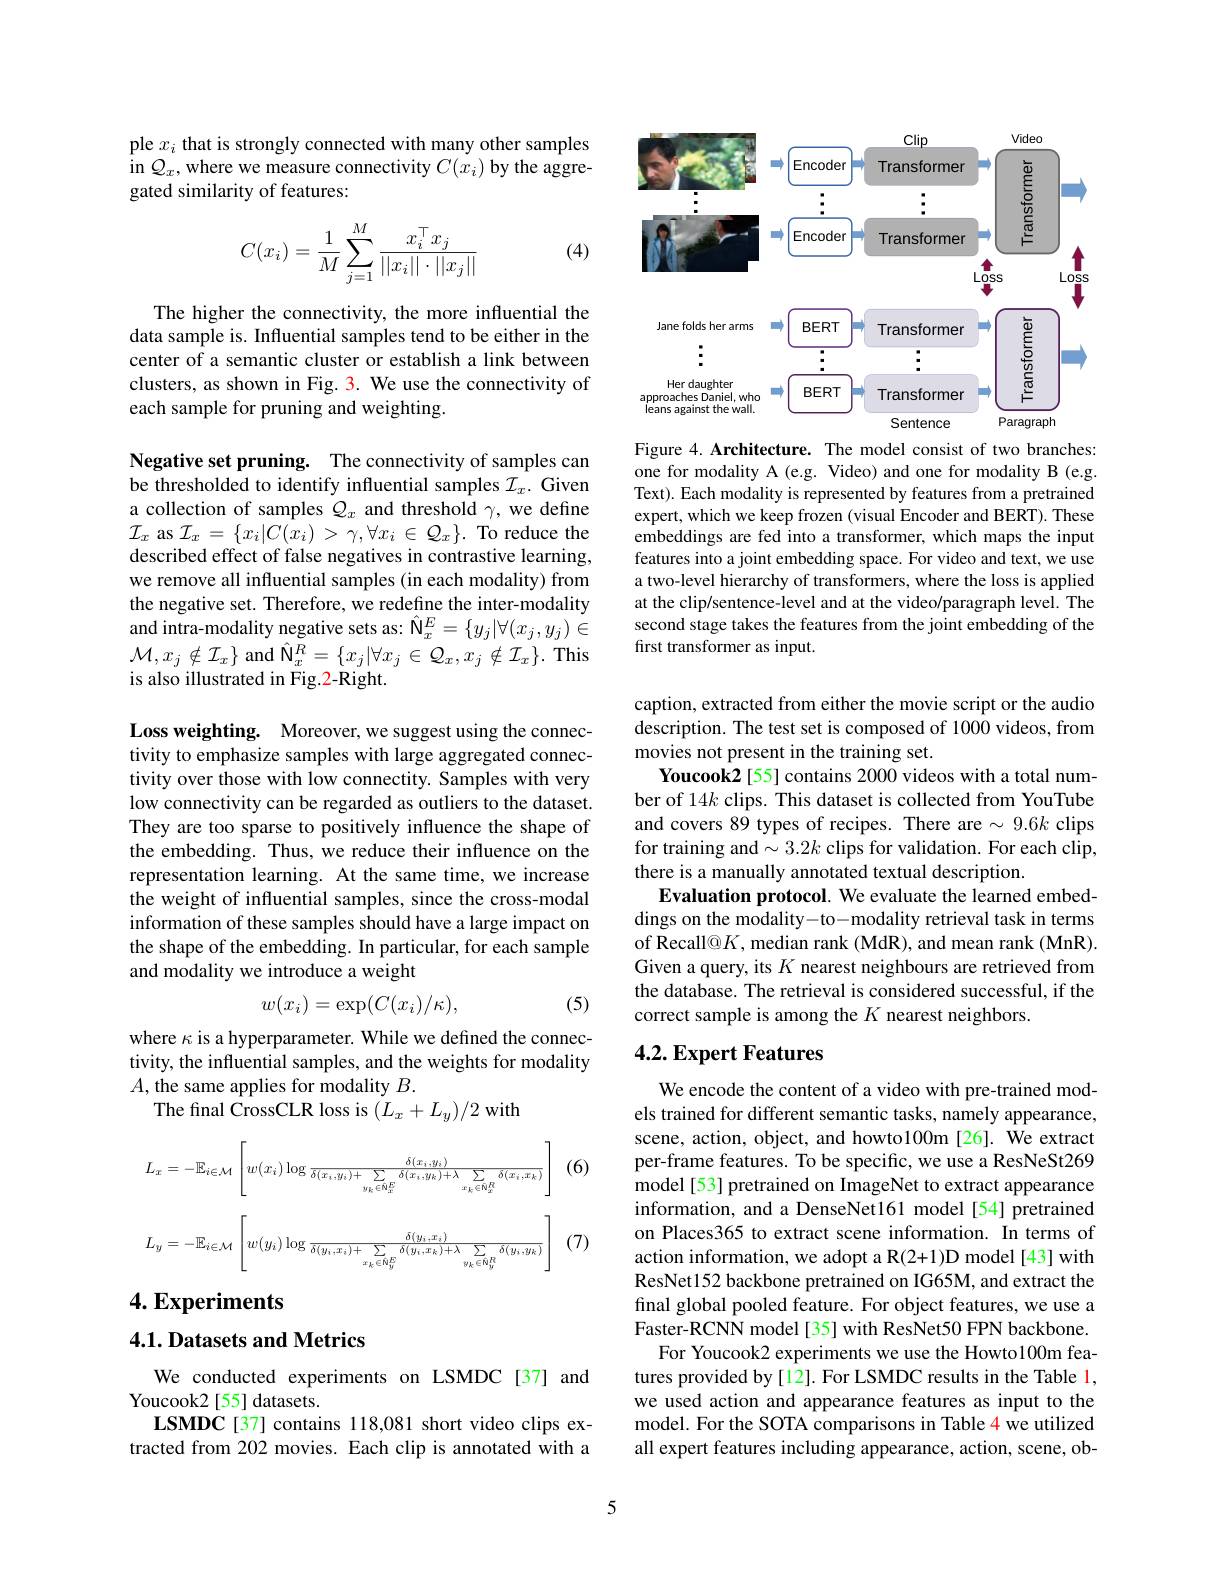
ple $x_i$ that is strongly connected with many other samples in $Q_x$,where we measure connectivity $C(x_i)$ by the aggregated similarity of features:

(4)
$$C(x_i)=\dfrac{1}{M}\sum_{j=1}^M\dfrac{x_i^\top x_j}{||x_i||\cdot||x_j||}$$
The higher the connectivity, the more influential the data sample is. Influential samples tend to be either in the center of a semantic cluster or establish a link between clusters, as shown in Fig. 3. We use the connectivity of each sample for pruning and weighting.

Negative set pruning. The connectivity of samples can be thresholded to identify influential samples $\mathcal{I}_x.$ Given a collection of samples $Q_x$ and threshold $\gamma$, we define $\mathcal{I}_{x}$ as $\mathcal{I}_x=\{x_i|C(x_{i})>\gamma,\forall x_{i}\in\mathcal{Q}_{x}\}.$ To reduce the described effect of false negatives in contrastive learning, we remove all influential samples (in each modality) from the negative set. Therefore, we redefine the inter-modality and intra-modality negative sets as: $\hat{\mathcal{N}}_x^E=\{y_j|\forall(x_j,y_j)\in$ $\mathcal{M},x_{j}\notin\mathcal{I}_{x}\}$ and $\hat{\mathbb{N}}_x^{R}=\{x_{j}|\forall x_{j}\in\mathcal{Q}_{x},x_{j}\notin\mathcal{I}_{x}\}.$ This is also illustrated in Fig.2-Right.

Loss weighting. Moreover, we suggest using the connectivity to emphasize samples with large aggregated connectivity over those with low connectity. Samples with very low connectivity can be regarded as outliers to the dataset. They are too sparse to positively influence the shape of the embedding. Thus, we reduce their influence on the representation learning. At the same time, we increase the weight of influential samples, since the cross-modal information of these samples should have a large impact on the shape of the embedding. In particular, for each sample and modality we introduce a weight
$$w(x_i)=\exp(C(x_i)/\kappa),$$
(5)

where $\kappa$ is a hyperparameter. While we defined the connectivity, the influential samples, and the weights for modality $A$, the same applies for modality $B.$
The final CrossCLR loss is $(L_x+L_y)/2$ with
$$L_{x}=-\mathbb{E}_{i\in\mathcal{M}}\left[w(x_{i})\log\frac{\delta(x_{i},y_{i})}{\delta(x_{i},y_{i})+\sum_{y_{k}\in\hat{0}_{x}^{E}}\delta(x_{i},y_{k})+\lambda\sum_{x_{k}\in\hat{0}_{x}^{R}}\delta(x_{i},x_{k})}\right]\\L_{y}=-\mathbb{E}_{i\in\mathcal{M}}\left[w(y_{i})\log\frac{\delta(y_{i},x_{i})}{\delta(y_{i},x_{i})+\sum_{x_{k}\in\hat{0}_{y}^{E}}\delta(y_{i},x_{k})+\lambda\sum_{y_{k}\in\hat{0}_{y}^{R}}\delta(y_{i},y_{k})}\right]$$
# $4. \textbf{Experiments}$

4.1. Datasets and Metrics

We conducted experiments on LSMDC[37] and
Youcook2 [55] datasets.
LSMDC[37] contains 118,081 short video clips extracted from 202 movies. Each clip is annotated with a

<FigureHere>

Figure 4. Architecture. The model consist of two branches: one for modality A (e.g. Video) and one for modality B (e.g. Text). Each modality is represented by features from a pretrained expert, which we keep frozen (visual Encoder and BERT). These embeddings are fed into a transformer, which maps the input features into a joint embedding space. For video and text, we use a two-level hierarchy of transformers, where the loss is applied at the clip/sentence-level and at the video/paragraph level. The second stage takes the features from the joint embedding of the first transformer as input.

caption, extracted from either the movie script or the audio description. The test set is composed of 1000 videos, from movies not present in the training set.
Youcook2 [55] contains 2000 videos with a total number of 14k clips. This dataset is collected from YouTube and covers 89 types of recipes. There are $\sim9.6k$ clips for training and $\sim3.2k$ clips for validation. For each clip, there is a manually annotated textual description.
Evaluation protocol. We evaluate the learned embeddings on the modality-to-modality retrieval task in terms of Recall@$K$,median rank (MdR), and mean rank (MnR). Given a query, its $K$ nearest neighbours are retrieved from the database. The retrieval is considered successful, if the correct sample is among the $K$ nearest neighbors.

# 4.2. Expert Features

We encode the content of a video with pre-trained models trained for different semantic tasks, namely appearance, scene, action, object, and howto100m [26]. We extract per-frame features. To be specific, we use a ResNeSt269 model[53] pretrained on ImageNet to extract appearance information, and a DenseNet161 model [54] pretrained on Places365 to extract scene information. In terms of action information, we adopt a R(2+1)D model[43] with ResNet152 backbone pretrained on IG65M, and extract the final global pooled feature. For object features, we use a Faster-RCNN model[35] with ResNet50 FPN backbone.
For Youcook2 experiments we use the Howto100m features provided by[12]. For LSMDC results in the Table 1, we used action and appearance features as input to the model. For the SOTA comparisons in Table 4 we utilized all expert features including appearance, action, scene, ob-

5